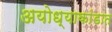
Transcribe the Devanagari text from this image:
अयोध्याकांडात